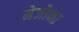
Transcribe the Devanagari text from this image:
मेजोना